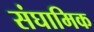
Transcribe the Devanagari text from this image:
संघामिक